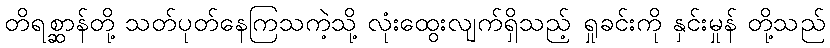
တိရစ္ဆာန်တို့ သတ်ပုတ်နေကြသကဲ့သို့ လုံးထွေးလျက်ရှိသည့် ရှုခင်းကို နှင်းမှုန် တို့သည်